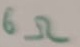
Text: 6Ω